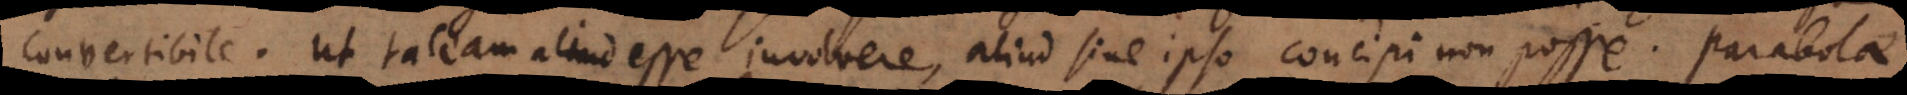
convertibile. Ut taceam aliud esse involvere, aliud sine ipso concipi non posse. Parabola